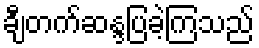
ချီတက်ဆန္ဒပြခဲ့ကြသည်